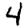
Digit: 4